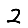
Digit: 2